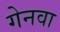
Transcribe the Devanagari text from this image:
गेनवा